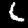
Label: 6